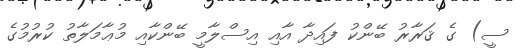
ސީ) ގެ ޤަރާރު ބޭންކު ފައިދާ އާއި އިސްލާމީ ބޭންކާއި މުޢާމަލާތު ކުރުމުގެ